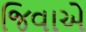
જિવાએ